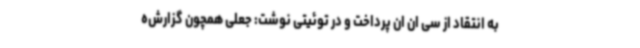
به انتقاد از سی ان ان پرداخت و در توئیتی نوشت: جعلی همچون گزارش‌ه